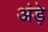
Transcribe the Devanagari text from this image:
अंड़े